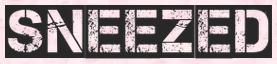
SNEEZED